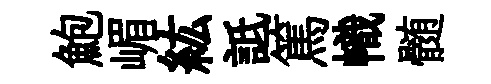
鮑嵋紘詆篤幟髄